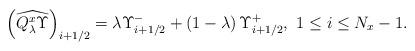
LaTeX: \begin{align*}\left(\widehat{Q^x_\lambda\Upsilon}\right)_{i+1/2} = \lambda\Upsilon^-_{i+1/2} + \left(1 - \lambda\right)\Upsilon^+_{i+1/2},\,\, 1 \leq i \leq N_x-1.\end{align*}